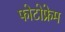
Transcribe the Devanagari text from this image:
फोटोफ्रेम